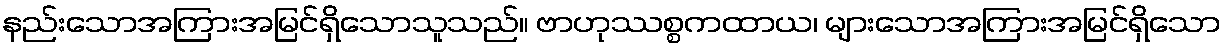
နည်းသောအကြားအမြင်ရှိသောသူသည်။ ဗာဟုဿစ္စကထာယ၊ များသောအကြားအမြင်ရှိသော